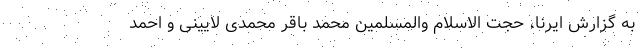
به گزارش ایرنا، حجت الاسلام والمسلمین محمد باقر محمدی لایینی و احمد